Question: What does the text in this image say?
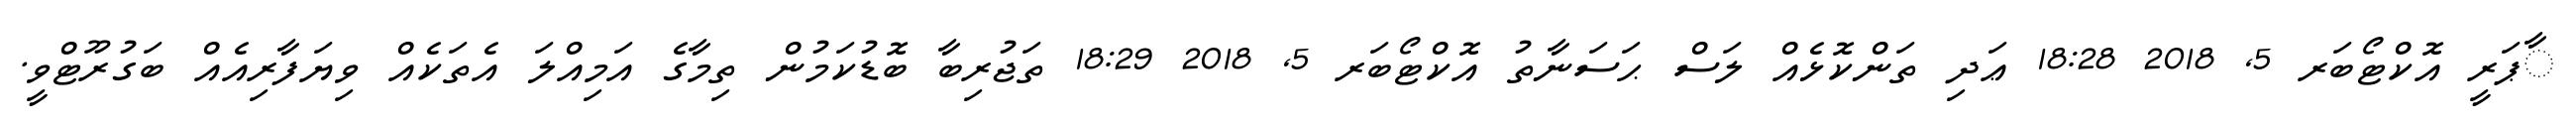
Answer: ާޕަރީ އޮކްޓޯބަރ 5, 2018 18:28 ޢަދި ތަންކޮޅެއް ލަސް ޙަސަނާތު އޮކްޓޯބަރ 5, 2018 18:29 ތަޖުރިބާ ބޮޑުކަމުން ތިމާގެ އަމިއްލަ އެތަކެއް ވިޔަފާރިއެއް ބަގުރޫޓްވީ.